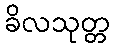
ခိလသုတ္တ